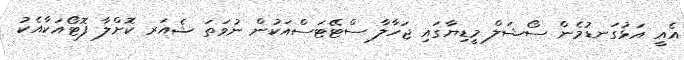
އެއީ އަޅުގަނޑުމެން ސޯޝަލް މީޑިޔާގައި ޖަހާލާ ސްޓޭޓަސްއަކުން ނުވަތަ ޝެއަރ ކޮށްލާ ފޮޓޯއަކާއެކު